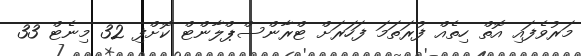
މަރުވެފައި އޮތް ހިތެއް ފުރަތަމަ ފަހަރަށް ޓްރާންސްޕްލާންޓް ކޮށްފި 32 މިނެޓް 33